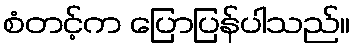
စံတင့်က ပြောပြန်ပါသည်။